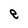
Character: e